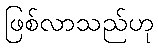
ဖြစ်လာသည်ဟု